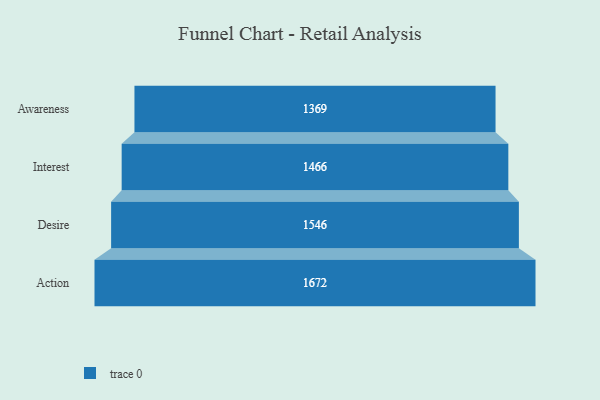
{"axis": {"x": "Stage", "y": "Value"}, "legend": [""], "data": [{"x": "Awareness", "y": 1369.0, "type": ""}, {"x": "Interest", "y": 1466.0, "type": ""}, {"x": "Desire", "y": 1546.0, "type": ""}, {"x": "Action", "y": 1672.0, "type": ""}]}